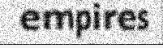
empires